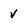
Character: V